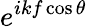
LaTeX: e^{ikf\cos\theta}